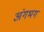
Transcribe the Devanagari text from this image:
अंगभग